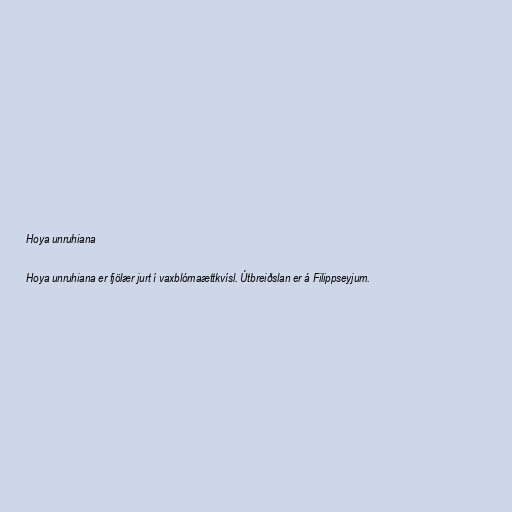
Hoya unruhiana

Hoya unruhiana er fjölær jurt í vaxblómaættkvísl. Útbreiðslan er á Filippseyjum.